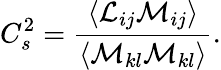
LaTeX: C_{s}^{2}=\frac{\left\langle\mathcal{L}_{ij}\mathcal{M}_{ij}\right\rangle}{\left\langle\mathcal{M}_{kl}\mathcal{M}_{kl}\right\rangle}.